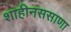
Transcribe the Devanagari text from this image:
शाहीनससाणा